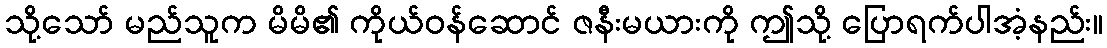
သို့သော် မည်သူက မိမိ၏ ကိုယ်ဝန်ဆောင် ဇနီးမယားကို ဤသို့ ပြောရက်ပါအံ့နည်း။